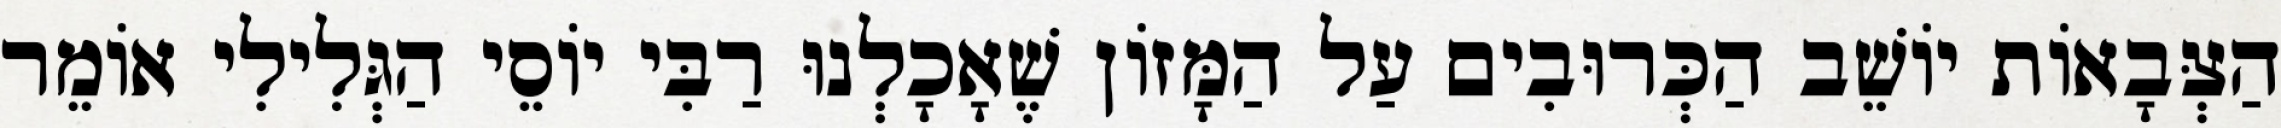
הַצְּבָאוֹת יוֹשֵׁב הַכְּרוּבִים עַל הַמָּזוֹן שֶׁאָכָלְנוּ רַבִּי יוֹסֵי הַגְּלִילִי אוֹמֵר